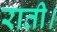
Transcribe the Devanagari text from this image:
राती।